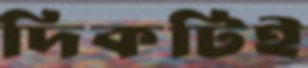
দিকটিই